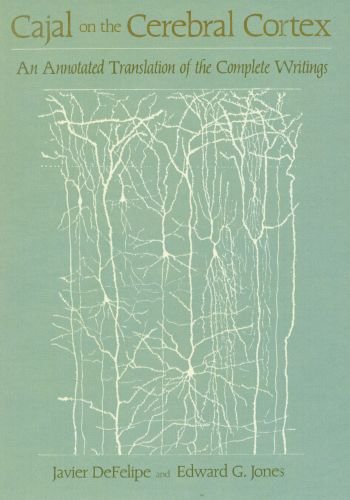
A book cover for Cajal on the Cerebral Cortex: An Annotated Translation of the Complete Writings (History of Neuroscience); Santiago Ramon y Cajal; Medical Books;